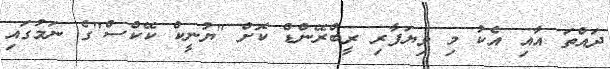
ދައްތަ އާއި އެކު މި ވިޔަފާރި ރީބްރޭންޑް ކޮށް "ޔުނީކް ކޭކްސް"ގެ ނަމުގައި